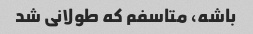
باشه، متاسفم که طولانی شد